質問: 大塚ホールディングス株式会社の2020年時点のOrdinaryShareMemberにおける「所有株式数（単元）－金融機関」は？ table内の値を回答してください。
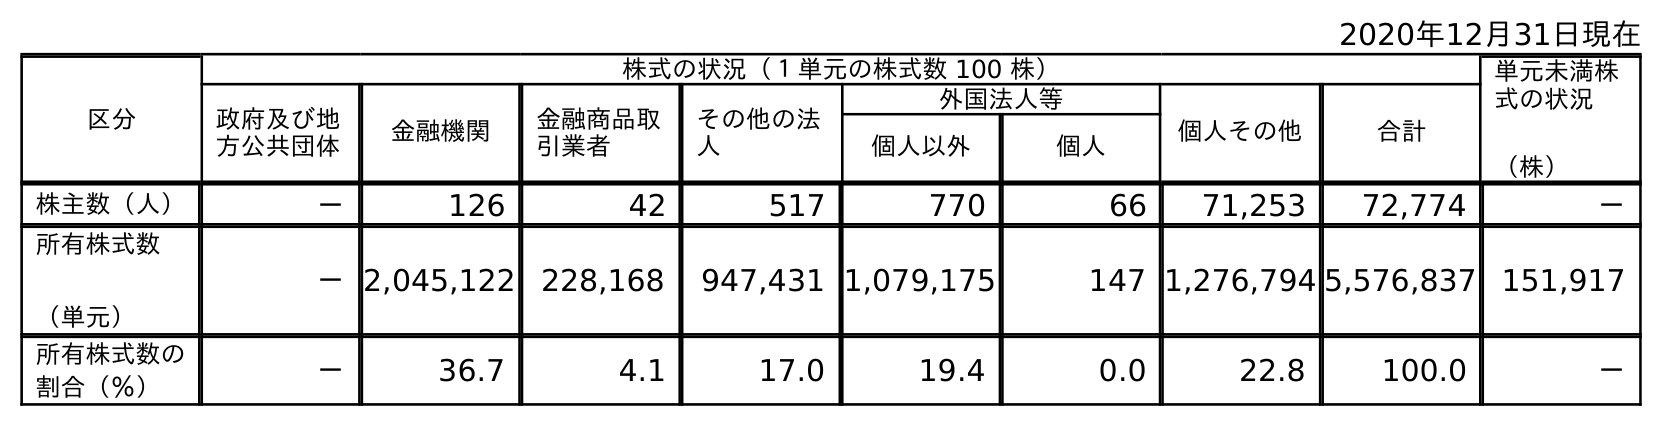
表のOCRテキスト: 2020年12月31日現在 区分 株式の状況（１単元の株式数 100 株） 単元未満株 式の状況 （株） 政府及び地 方公共団体 金融機関 金融商品取 引業者 その他の法 人 外国法人等 個人その他 合計 個人以外 個人 株主数（人） － 126 42 517 770 66 71,253 72,774 － 所有株式数 （単元） －2,045,122 228,168 947,431 1,079,175 147 1,276,794 5,576,837 151,917 所有株式数の 割合（％） － 36.7 4.1 17.0 19.4 0.0 22.8 100.0 －
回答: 2,045,122